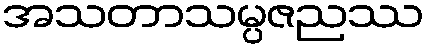
အသတာသမ္ပဇညဿ